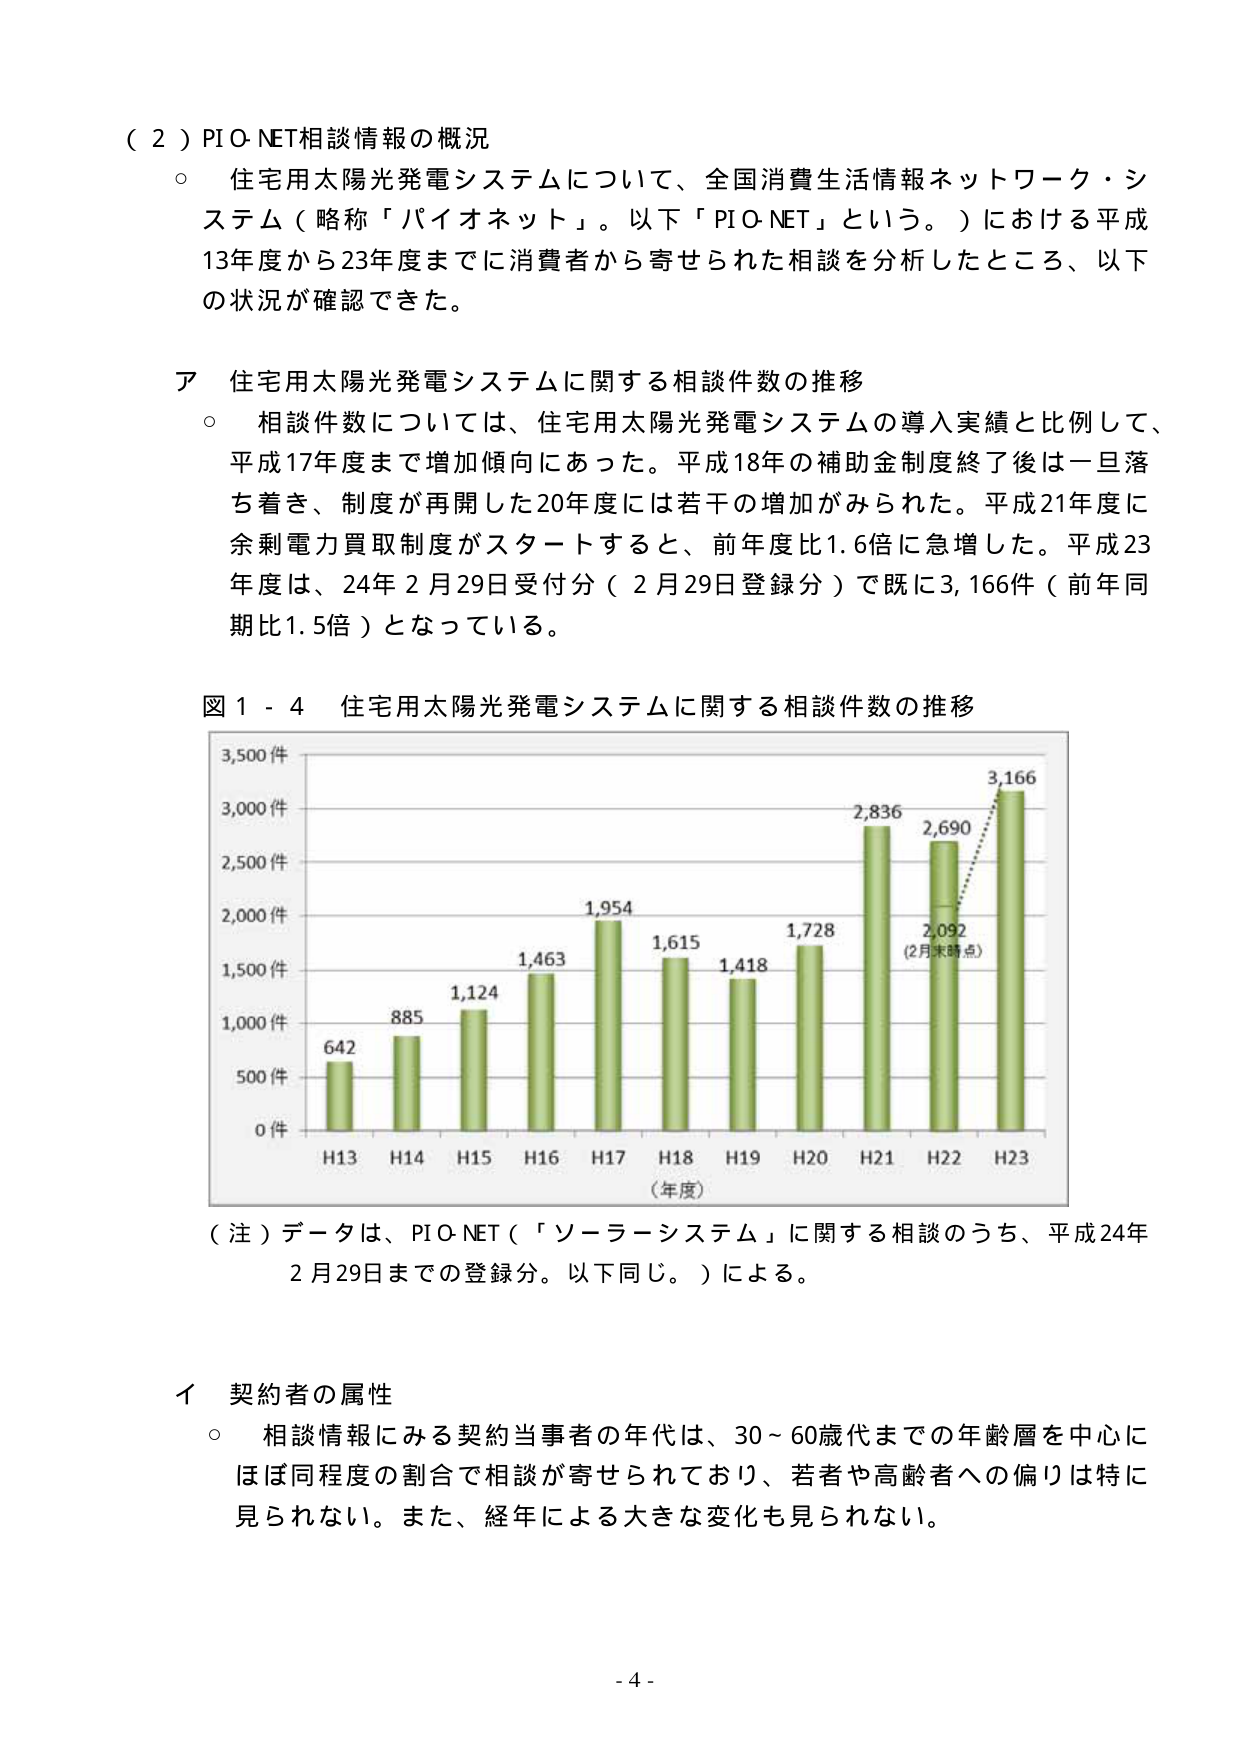
（２）PIO-NET相談情報の概況
○ 住宅用太陽光発電システムについて、全国消費生活情報ネットワーク・システム（略称「パイオネット」。以下「PIO-NET」という。）における平成13年度から23年度までに消費者から寄せられた相談を分析したところ、以下の状況が確認できた。

ア 住宅用太陽光発電システムに関する相談件数の推移
○ 相談件数については、住宅用太陽光発電システムの導入実績と比例して、平成17年度まで増加傾向にあった。平成18年の補助金制度終了後は一旦落ち着き、制度が再開した20年度には若干の増加がみられた。平成21年度に余剰電力買取制度がスタートすると、前年度比1.6倍に急増した。平成23年度は、24年2月29日受付分（2月29日登録分）で既に3,166件（前年同期比1.5倍）となっている。

図１－４ 住宅用太陽光発電システムに関する相談件数の推移
（縦軸：件数、横軸：年度）
H13: 642
H14: 885
H15: 1,124
H16: 1,463
H17: 1,954
H18: 1,615
H19: 1,418
H20: 1,728
H21: 2,836
H22: 2,690（2月末時点）
H23: 3,166

（注）データは、PIO-NET（「ソーラーシステム」に関する相談のうち、平成24年2月29日までの登録分。以下同じ。）による。

イ 契約者の属性
○ 相談情報にみる契約当事者の年代は、30～60歳代までの年齢層を中心にほぼ同程度の割合で相談が寄せられており、若者や高齢者への偏りは特に見られない。また、経年による大きな変化も見られない。

- 4 -